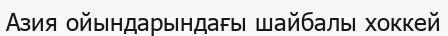
Азия ойындарындағы шайбалы хоккей